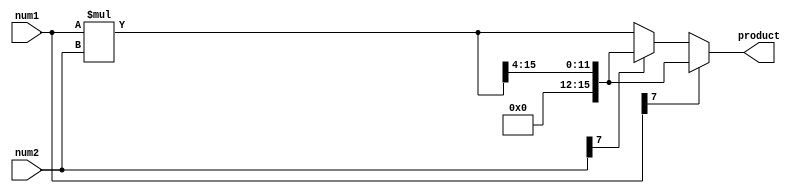
module fixed_point_multiplier (
  input signed [7:0] num1, //Fixed-point input number 1
  input signed [7:0] num2, //Fixed-point input number 2
  output reg signed [15:0] product //Fixed-point output product
);

reg signed [15:0] multiply_result;
reg signed [15:0] shifted_result;

always @* begin
  multiply_result = num1 * num2;
 
  if (num1[7]==1) begin
    shifted_result = multiply_result >> 4; //Shift result based on decimal point of num1
  end
  else if (num2[7]==1) begin
    shifted_result = multiply_result >> 4; //Shift result based on decimal point of num2
  end
  else begin
    shifted_result = multiply_result; //No shift needed
  end
end

assign product = shifted_result;

endmodule